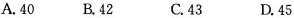
A.40B.42C.43 D.45